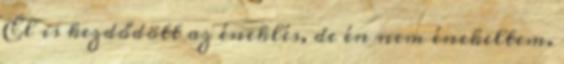
El is kezdődött az éneklés, de én nem énekeltem.